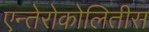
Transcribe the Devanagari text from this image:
एन्तेरोकोलितीस